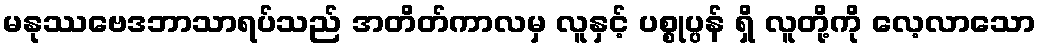
မနုဿဗေဒဘာသာရပ်သည် အတိတ်ကာလမှ လူနှင့် ပစ္စုပ္ပန် ရှိ လူတို့ကို လေ့လာသော